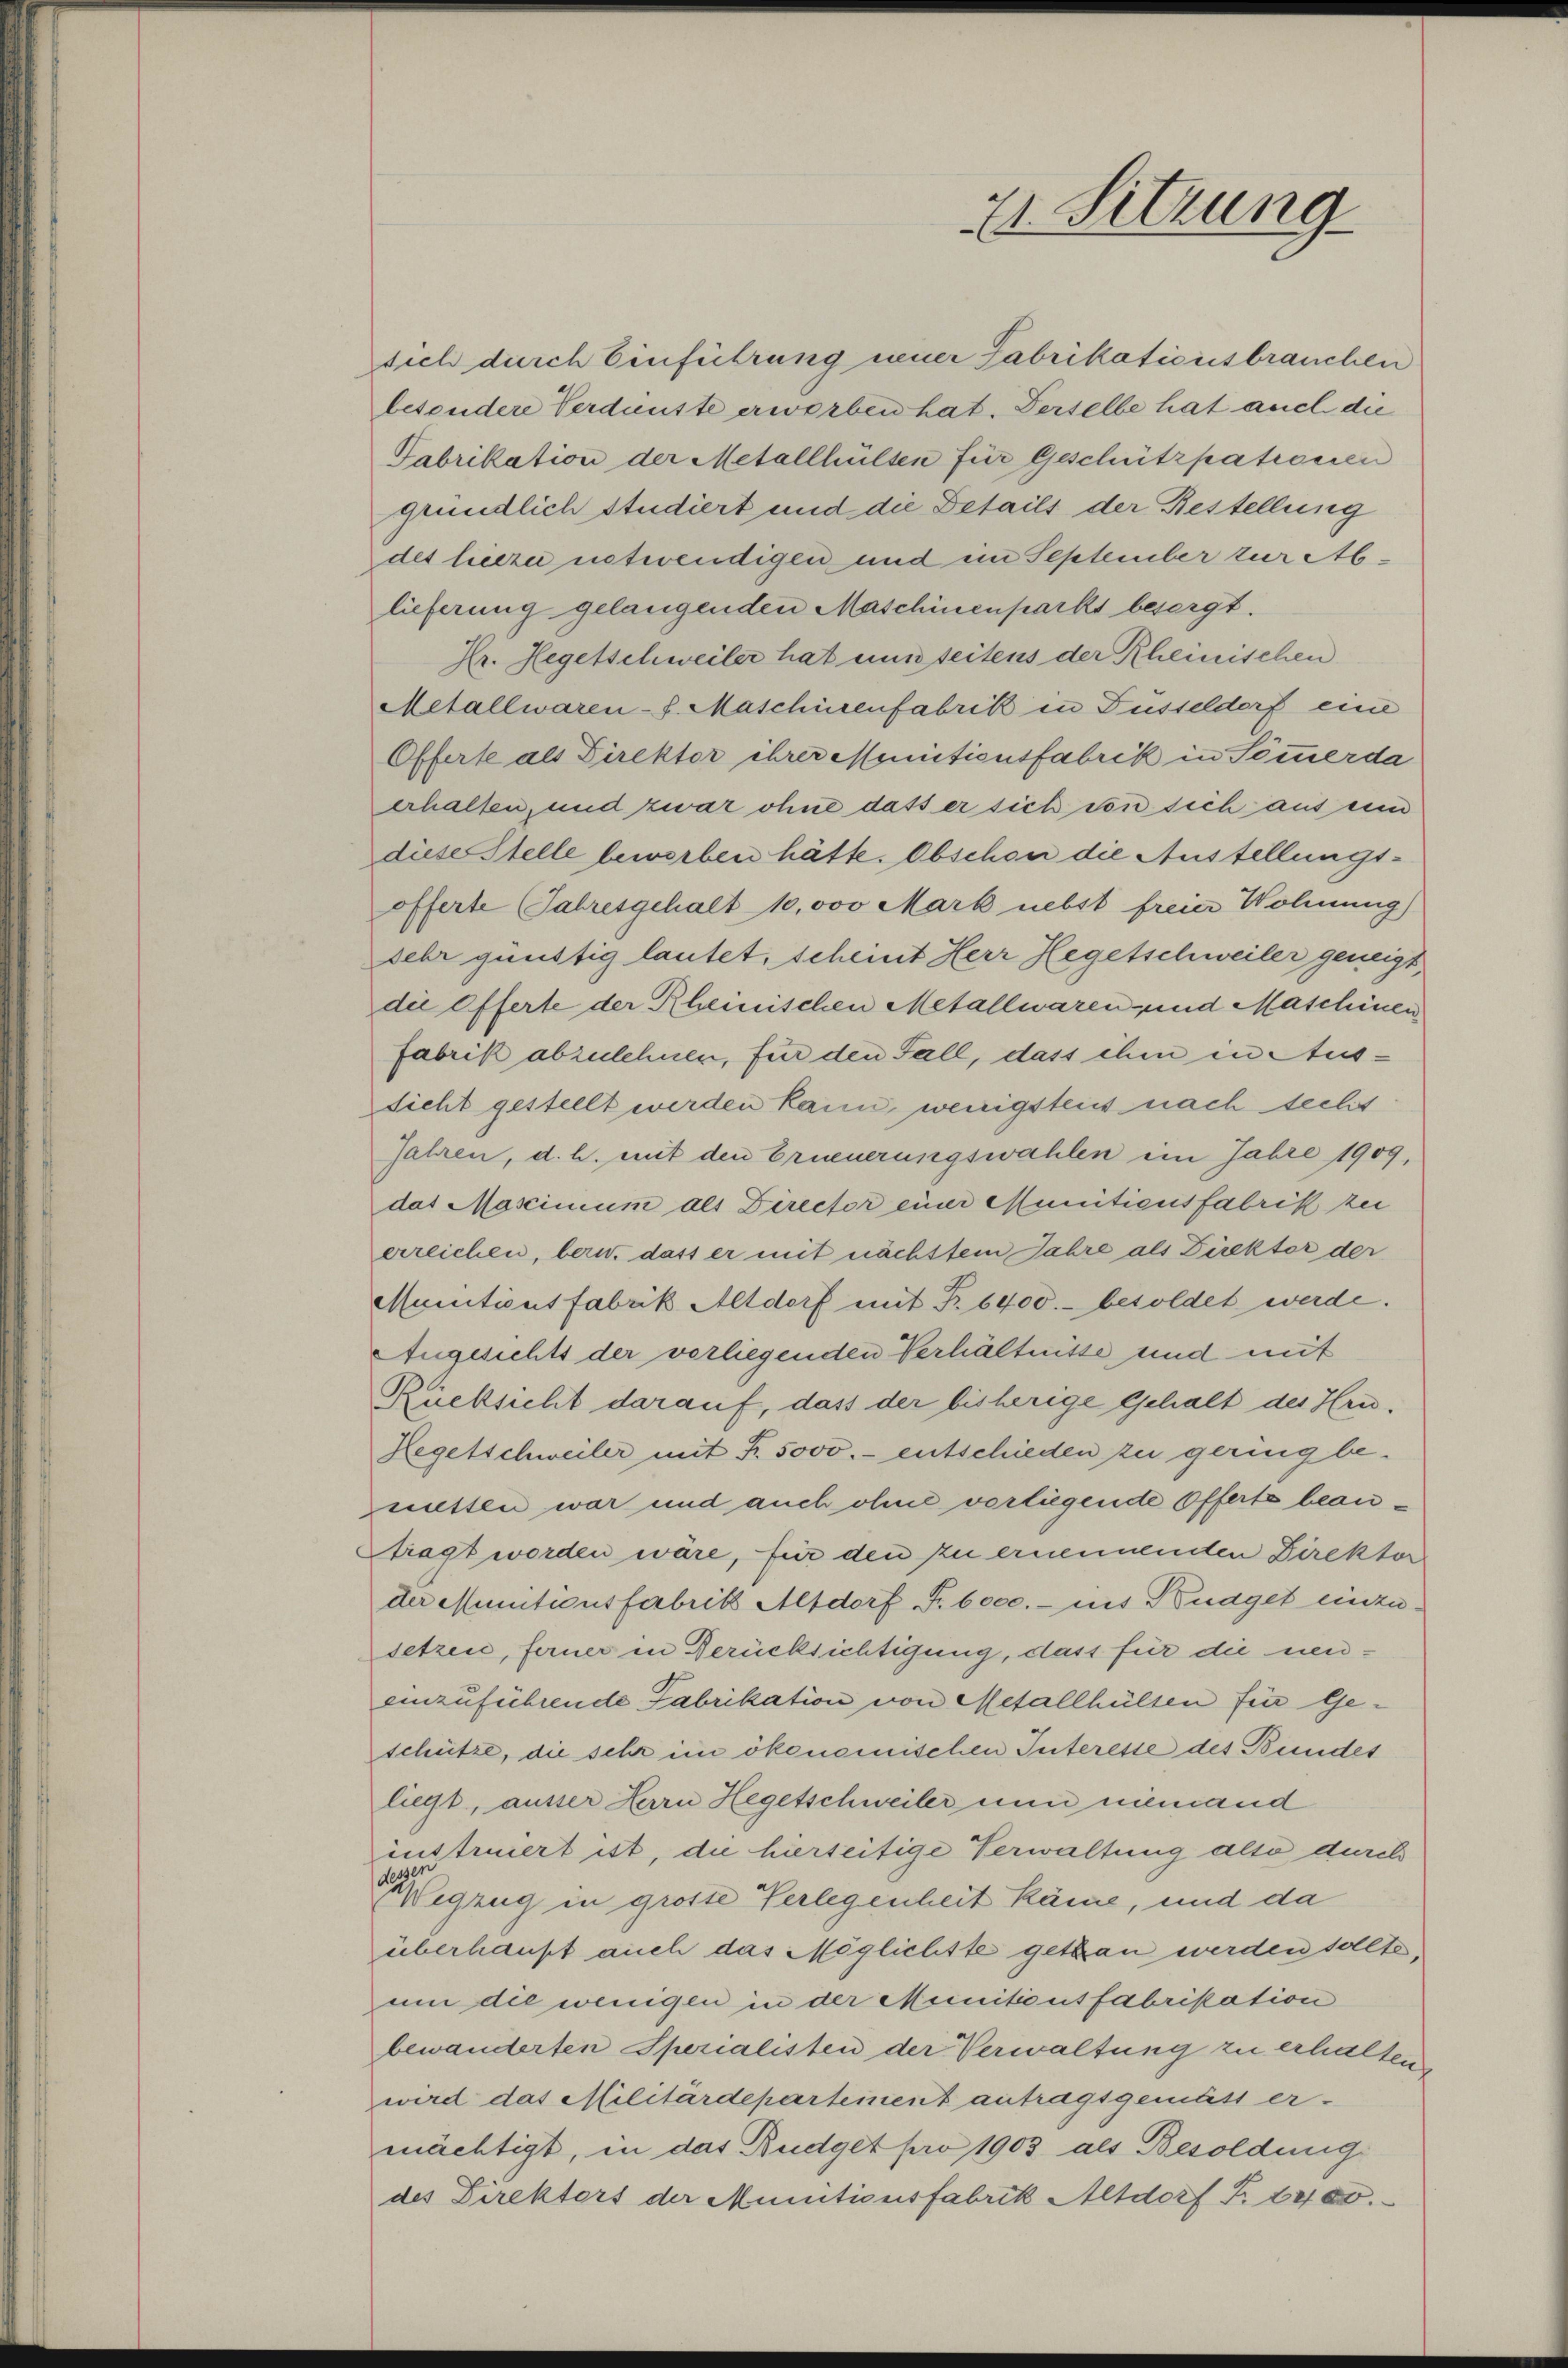
sich durch Einführung neuer Fabrikationsbrauchen
besondere Verdunste erworben hat. Derselbe hat auch die
Fabrikation der Metallhülten für Geschützpationen
gründlich studiert und die Details der Bestellung
des hiezu notwendigen und im September zur Ablieferung gelangenden Maschinenparkt besorgt.
Hr. Hegetschweiler hat ein seitens der Rheinischen
Metallwaren-S. Maschinenfabrik in Füsseldorf eine
Offerte als Direktor ihrer Munificusfabrik in Sommerda
erhalten, und zwar ohne dass er sich von sich aus eine
diese Stelle bewerben hätte. Obschon die Austellungsofferte Jahresgehalt 10,000 Mark nebst freier Wohnung)
sehr günstig lautet, scheint Herr Hegetschweiler geneigt,
die Offerte der Rheinischen Metallwaren- und Maschinen
fabrik abzulehnen, für den Fall, dass ihm in Aussicht gestellt werden kann, wenigstens nach sechs
Jahren, d. h. mit den Erneuerungswahlen im Jahre 1909,
das Mascinium als Director einer Munitiausfabrik zei
erreichen, bern, dass er mit nächstem Jahre als Direktor der
Munitionsfabrik Altdorf mit Fr. 6400.- besoldet werde.
Angesichts der vorliegenden Verhältnisse und mit
Rücksicht darauf, dass der bisherige Gehalt des Heu¬
Regetschweiler mit Fr. 5000.- entschieden zu geringbewissen war und auch ohne vorliegende Offerte beantragt worden wäre, für den zu ernennenden Direktor
der Munitionsfabrik Altdorf S. 6000.- ins Knaget einzusetzen, ferner in Berücksichtigung, dass für die neueinzuführende Fabrikation von Metallhülsen für Geschütze, die sehr im ökonomischen Interesse des Bundes
liegt, ausser Herrn Hegetschweiler nun niemand
instruiert ist, die hierseitige Verwaltung also durch
Klegzug in grosse Verlegenheit käme, und da
überhaupt auch das Möglichtte gethan werden sollte
um die wenigen in der Meinitionsfabrikation
bewanderten Sperialisten der Verwaltung zu erhalten
wird das Militärdepartement antragsgemäss er-
mächtigt, in das Budget pro 1903 als Besoldung
des Direktors der Munitionsfabrik Altdorf Fr. 14100.

21. Sitzung